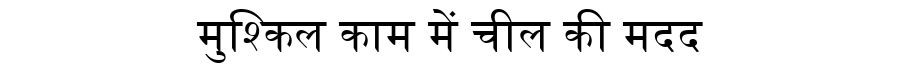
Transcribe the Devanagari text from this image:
मुश्किल काम में चील की मदद